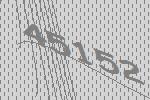
45152